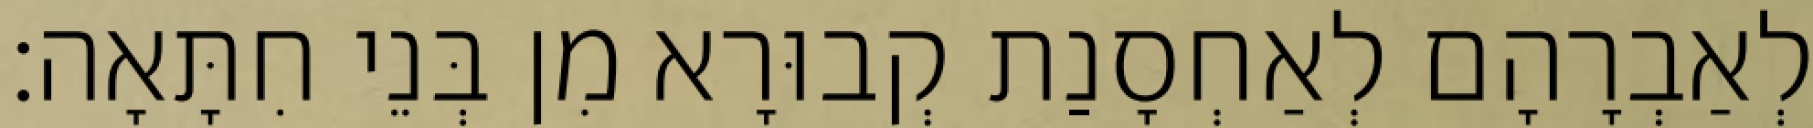
לְאַבְרָהָם לְאַחְסָנַת קְבוּרָא מִן בְּנֵי חִתָּאָה׃